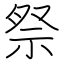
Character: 祭